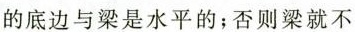
的底边与梁是水平的；否则梁就不